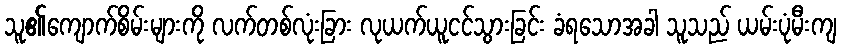
သူ၏ကျောက်စိမ်းများကို လက်တစ်လုံးခြား လုယက်ယူငင်သွားခြင်း ခံရသောအခါ သူသည် ယမ်းပုံမီးကျ